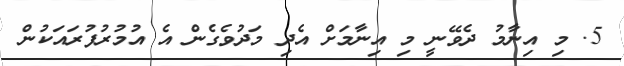
5. މި އިނާމު ދެވޭނީ މި އިނާމަށް އެދި މަދުވެގެން އެ އުމުރުފުރައަކުން